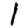
Digit: 1